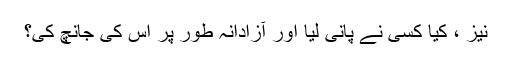
نیز ، کیا کسی نے پانی لیا اور آزادانہ طور پر اس کی جانچ کی؟